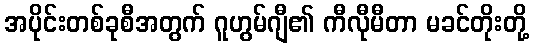
အပိုင်းတစ်ခုစီအတွက် ဂူဟွမ်ဂျီ၏ ကီလီုမီတာ မခင်တိုးတို့